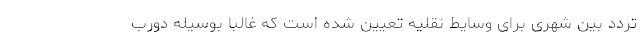
تردد بین شهری برای وسایط نقلیه تعیین شده است که غالبا بوسیله دورب